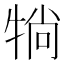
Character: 𤙽